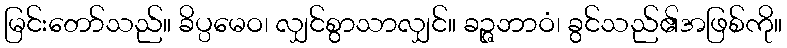
မြင်းတော်သည်။ ခိပ္ပမေဝ၊ လျှင်စွာသာလျှင်။ ခဉ္ဇဘာဝံ၊ ခွင်သည်၏အဖြစ်ကို။